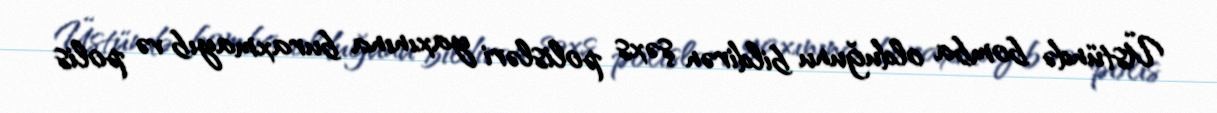
Üstündə bomba olduğunu bildirən şəxs polisləri yaxınına buraxmayıb və polis